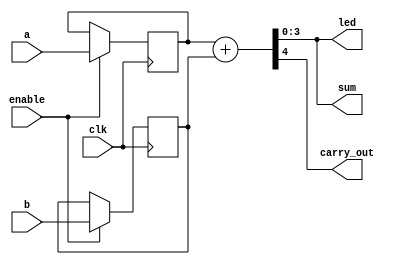
module cpld_example (
    input wire clk,          // Clock input
    input wire [3:0] a,     // 4-bit input
    input wire [3:0] b,     // 4-bit input
    output wire [3:0] sum,   // 4-bit output for sum
    output wire carry_out,   // Carry output
    input wire enable,       // Enable signal for the logic
    output wire [3:0] led    // Output to LEDs
);

// Internal signals
wire [3:0] a_reg, b_reg; // Registers for inputs
wire [3:0] sum_comb;     // Combinational sum
wire carry_comb;         // Combinational carry

// Logic Block 1: Registering Inputs
always @(posedge clk) begin
    if (enable) begin
        a_reg <= a; // Register input a
        b_reg <= b; // Register input b
    end
end

// Logic Block 2: Combinational Logic for Addition
assign {carry_comb, sum_comb} = a_reg + b_reg; // 4-bit addition with carry

// Output Logic
assign sum = sum_comb;         // Assign sum to output
assign carry_out = carry_comb; // Assign carry to output
assign led = sum_comb;         // Output sum to LEDs

endmodule